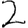
Digit: 2